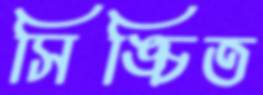
সিঙ্চিত